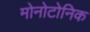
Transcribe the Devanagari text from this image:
मोनोटोनिक